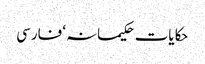
حکایات حکیمانہ‘ فارسی